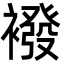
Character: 襏